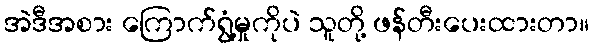
အဲဒီအစား ကြောက်ရွံ့မှုကိုပဲ သူတို့ ဖန်တီးပေးထားတာ။